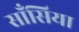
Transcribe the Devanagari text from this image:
साँसिया